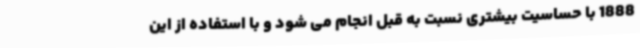
1888 با حساسیت بیشتری نسبت به قبل انجام می شود و با استفاده از این